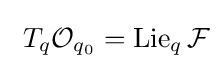
\ T_{q}{\mathcal {O}}_{q_{0}}=\mathrm {Lie} _{q}\,{\mathcal {F}}